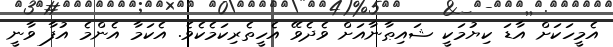
އެމީހަކަށް އާޑަ ކިޔުމަކީ ޝައިޠާނާއަށް ވެދެވޭ އެހީތެރިކަމެކެވެ. އެކަމާ އެންމެ އުފާ ވާނީ